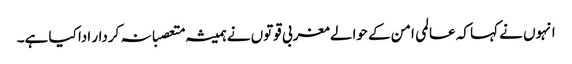
انہوں نے کہا کہ عالمی امن کے حوالے مغربی قوتوں نے ہمیشہ متعصبانہ کردار ادا کیا ہے۔